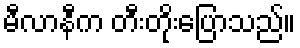
မီလာနီက တီးတိုးပြောသည်။